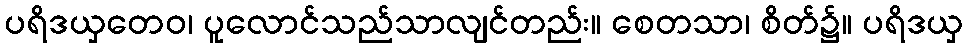
ပရိဒယှတေဝ၊ ပူလောင်သည်သာလျင်တည်း။ စေတသာ၊ စိတ်၌။ ပရိဒယှ